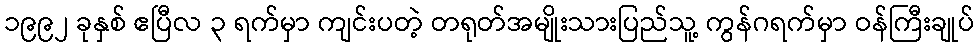
၁၉၉၂ ခုနှစ် ဧပြီလ ၃ ရက်မှာ ကျင်းပတဲ့ တရုတ်အမျိုးသားပြည်သူ့ ကွန်ဂရက်မှာ ဝန်ကြီးချုပ်